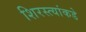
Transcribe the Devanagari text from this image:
शिरस्त्यांकडे